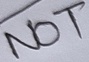
Text: NOT